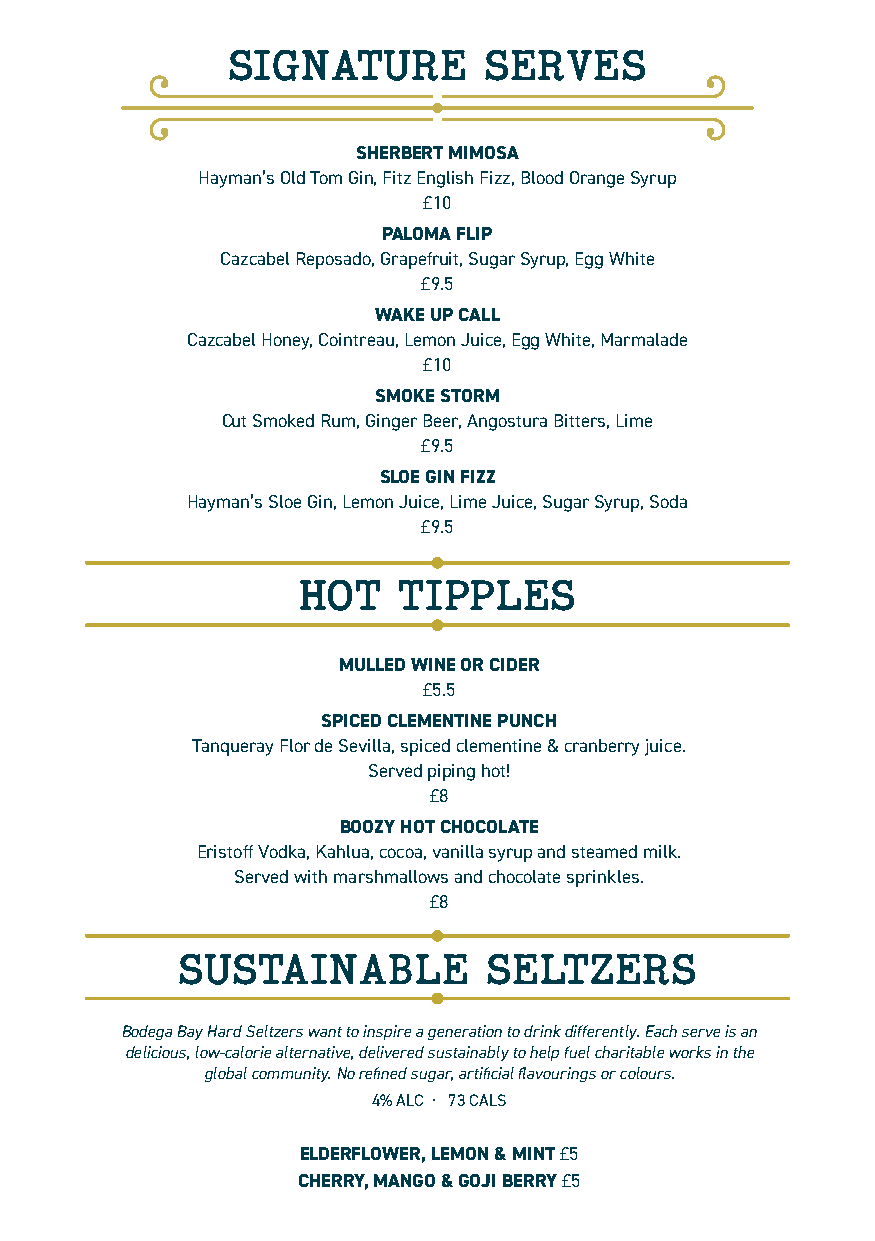
SIGNATURE        SERVES
 SHERBERT MIMOSA
 Hayman’s Old Tom Gin, Fitz English Fizz, Blood Orange Syrup
 £10
 PALOMA FLIP
 Cazcabel Reposado, Grapefruit, Sugar Syrup, Egg White
 £9.5
 WAKE UP CALL
 Cazcabel Honey, Cointreau, Lemon Juice, Egg White, Marmalade
 £10
 SMOKE STORM
 Cut Smoked Rum, Ginger Beer, Angostura Bitters, Lime
 £9.5
 SLOE GIN FIZZ
 Hayman’s Sloe Gin, Lemon Juice, Lime Juice, Sugar Syrup, Soda
 £9.5
 HOT   TIPPLES
 MULLED WINE OR CIDER
 £5.5
 SPICED CLEMENTINE PUNCH
 Tanqueray Flor de Sevilla, spiced clementine & cranberry juice.
 Served piping hot!
 £8
 BOOZY HOT CHOCOLATE
 Eristoff Vodka, Kahlua, cocoa, vanilla syrup and steamed milk.
 Served with marshmallows and chocolate sprinkles.
 £8
 SUSTAINABLE         SELTZERS
 Bodega Bay Hard Seltzers want to inspire a generation to drink differently. Each serve is an
 delicious, low-calorie alternative, delivered sustainably to help fuel charitable works in the
 global community. No refined sugar, artificial flavourings or colours.
 4% ALC · 73 CALS
 ELDERFLOWER, LEMON & MINT £5
 CHERRY, MANGO & GOJI BERRY £5